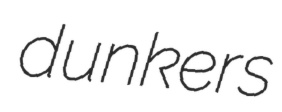
dunkers